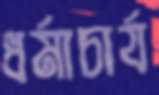
ধর্মাচার্য